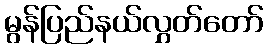
မွန်ပြည်နယ်လွှတ်တော်